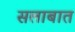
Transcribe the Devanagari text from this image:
सलाबात